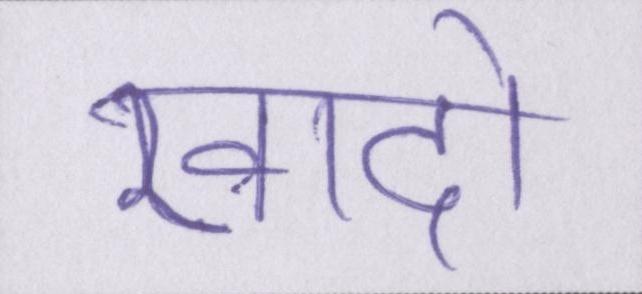
खादों